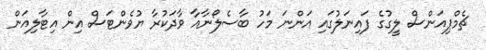
ޗެމްޕިއަންސް ލީގުގެ ފައިނަލުގައި އަންނަ މަހު ބާސެލޯނާއާ ވާދަކުރާ ޔުވެންޓަސް އިން އިޓާލިއަން